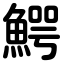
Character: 鰐